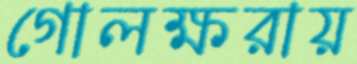
গোলক্ষরায়